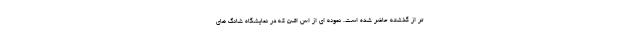
تر از گذشته حاضر شده است. نمونه ای از اس اف5 که در نمایشگاه شانگ های